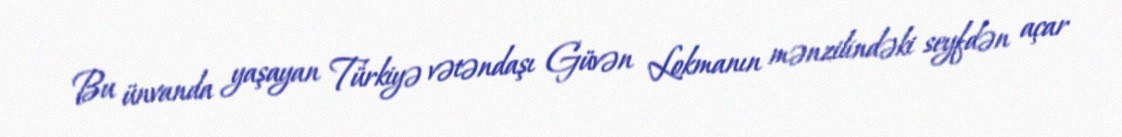
Bu ünvanda yaşayan Türkiyə vətəndaşı Güvən Lokmanın mənzilindəki seyfdən açar